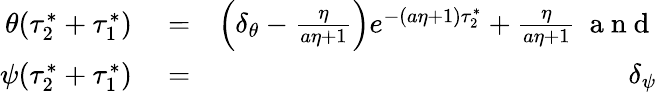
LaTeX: \begin{array}{rlr}{\theta(\tau_{2}^{*}+\tau_{1}^{*})}&{{}=}&{\left(\delta_{\theta}-\frac{\eta}{a\eta+1}\right)e^{-(a\eta+1)\tau_{2}^{*}}+\frac{\eta}{a\eta+1}\mathrm{~\normalsize~a~n~d~}}\\ {\psi(\tau_{2}^{*}+\tau_{1}^{*})}&{{}=}&{\delta_{\psi}}\end{array}